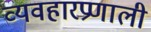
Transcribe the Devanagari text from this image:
व्यवहारप्रणाली